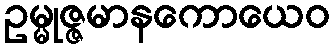
ဥမ္မုဇ္ဇမာနကောယေဝ